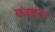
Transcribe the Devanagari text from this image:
संवहन।